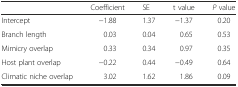
<table><thead><tr><td></td><td><b>Coefficient</b></td><td><b>SE</b></td><td><b>t value</b></td><td><b><i>P</i> value</b></td></tr></thead><tbody><tr><td>Intercept</td><td>−1.88</td><td>1.37</td><td>−1.37</td><td>0.20</td></tr><tr><td>Branch length</td><td>0.03</td><td>0.04</td><td>0.65</td><td>0.53</td></tr><tr><td>Mimicry overlap</td><td>0.33</td><td>0.34</td><td>0.97</td><td>0.35</td></tr><tr><td>Host plant overlap</td><td>−0.22</td><td>0.44</td><td>−0.49</td><td>0.64</td></tr><tr><td>Climatic niche overlap</td><td>3.02</td><td>1.62</td><td>1.86</td><td>0.09</td></tr></tbody></table>